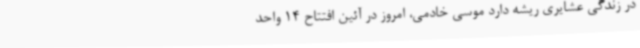
در زندگی عشایری ریشه دارد موسی خادمی، امروز در آئین افتتاح 14 واحد